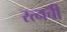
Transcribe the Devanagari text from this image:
रत्‍नची